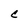
Character: C